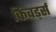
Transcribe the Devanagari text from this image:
किवर्ड्स